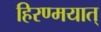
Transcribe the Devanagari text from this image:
हिरण्मयात्